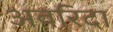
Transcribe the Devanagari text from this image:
अवरिदा